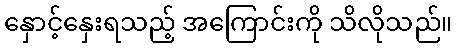
နှောင့်နှေးရသည့် အကြောင်းကို သိလိုသည်။